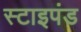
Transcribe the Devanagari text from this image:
स्टाइपंड